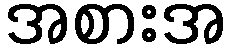
အစားအ